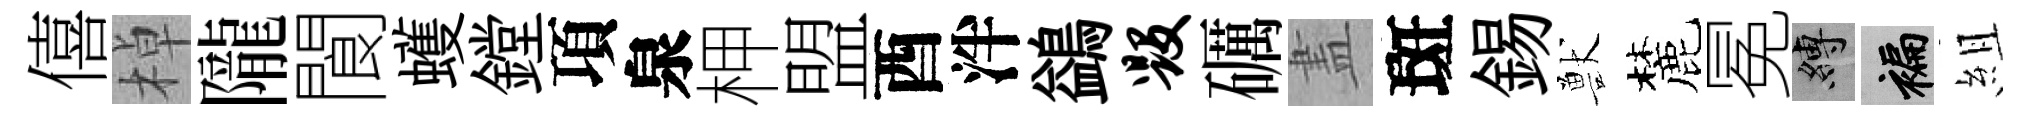
僖棹隴閬蠖鏜項泉柙盟酉泮鷁毁礪𥁞斑錫獸麓冕縛褊組